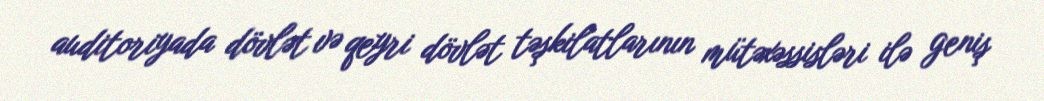
auditoriyada dövlət və qeyri dövlət təşkilatlarının mütəxəssisləri ilə geniş